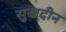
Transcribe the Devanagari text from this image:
सुखदीन